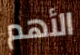
الأهم